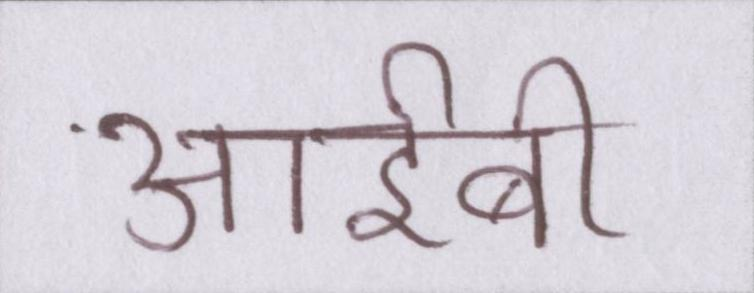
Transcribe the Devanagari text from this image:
आईबी